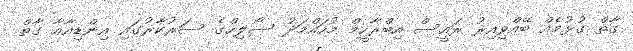
ގާތް ގުޅުމެއް ބޭއްވިއިރު ރައީސް އިބްރާހީމް މުހައްމަދު ސޯލިހްގެ ސަރުކާރުގައި އިންޑިއާއާ ގާތް